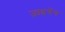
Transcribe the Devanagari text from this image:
ज़ाइचेंग